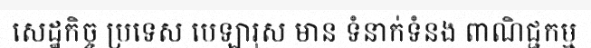
សេដ្ឋកិច្ច ប្រទេស បេឡារុស មាន ទំនាក់ទំនង ពាណិជ្ជកម្ម